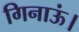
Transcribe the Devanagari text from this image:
गिनाऊं।